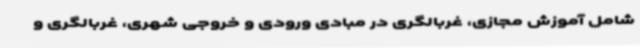
شامل آموزش مجازی، غربالگری در مبادی ورودی و خروجی شهری، غربالگری و